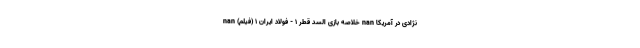
نژادی در آمریکا nan خلاصه بازی السد قطر 1 - فولاد ایران 1 (فیلم) nan